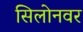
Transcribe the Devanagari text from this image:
सिलोनवर